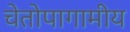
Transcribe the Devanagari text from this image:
चेतोपागामीय